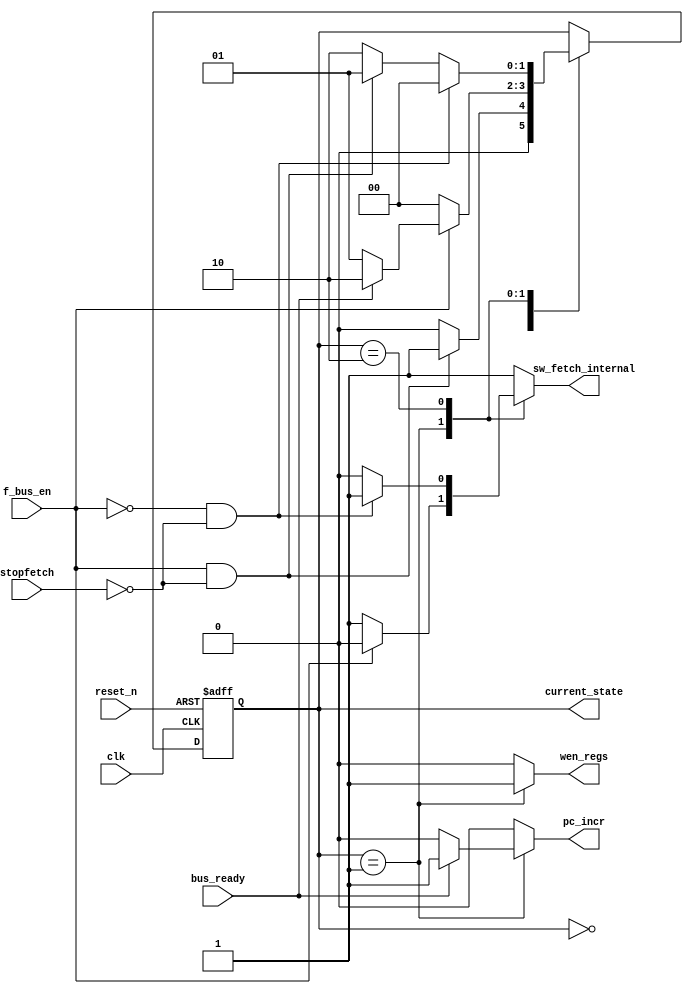
// Company           :   tud                      
//                    			
// Project Name      :   prz    
// Subproject Name   :   main    
// Description       :   State machine for Bus side Fetch           
//
// Last Change       :   $Date: 2021-03-11 17:39:50 +0100 (Thu, 11 Mar 2021) $
// by                :   $Author: vepr19 $                  			
//------------------------------------------------------------
`timescale 1ns/10ps
module fetch_state_machine (input 		f_bus_en,
			    input 		bus_ready,
			    input 		reset_n,
			    input 		clk,
			    
			    input 		stopfetch,
			    output reg 		pc_incr,
			    output reg [1:0] 	current_state,
			    output reg 		wen_regs,
			    output reg 		sw_fetch_internal
			     

);
	parameter INTERNAL_FETCH     	= 2'b00;
	parameter BUS_FETCH_LATCH       = 2'b01;
	parameter BUS_FETCH_DECODE      = 2'b10;

	
	
	reg[1:0]  	nextstate;  

      	
	wire busy =  stopfetch;

	always@( * ) begin
		nextstate = current_state;
		wen_regs = 1'b0;
		pc_incr = 1'b0;
		sw_fetch_internal = 1'b1;
			case(current_state)
				INTERNAL_FETCH :begin 
					 	nextstate 	  =  f_bus_en && !busy? BUS_FETCH_LATCH : INTERNAL_FETCH; 
				      end
				BUS_FETCH_LATCH:begin
						nextstate 	  = !f_bus_en ? INTERNAL_FETCH:  bus_ready ? BUS_FETCH_DECODE : BUS_FETCH_LATCH;
						wen_regs 	  = 1'b1;
						pc_incr 	  = bus_ready ? 1'b1 :1'b0;
						sw_fetch_internal = !f_bus_en ? 1'b1 :1'b0;
					end
			       BUS_FETCH_DECODE:begin
						nextstate 	  = !f_bus_en && !busy? INTERNAL_FETCH: f_bus_en && !busy ? BUS_FETCH_LATCH : BUS_FETCH_DECODE;				
						sw_fetch_internal = !f_bus_en && !busy? 1'b1 :1'b0;
					end
				

			endcase

	end
	
	always@(posedge clk or negedge reset_n ) begin
		if(!reset_n) begin
			current_state <= INTERNAL_FETCH ;
		end
		else  begin
			current_state <= nextstate;
		end
	end


endmodule